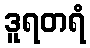
ဒူရတရံ